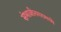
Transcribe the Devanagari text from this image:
संभाजीनगरमध्ये